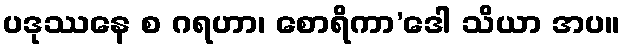
ပဒုဿနေ စ ဂရဟာ၊ စောရိကာ’ဒေါ သိယာ အပ။